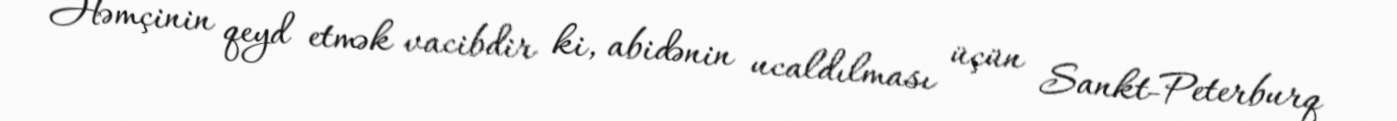
Həmçinin qeyd etmək vacibdir ki, abidənin ucaldılması üçün Sankt-Peterburq